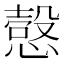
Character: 𰒍